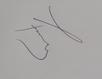
Signature authenticity: genuine